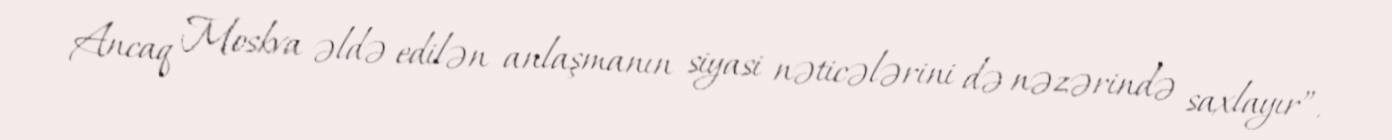
Ancaq Moskva əldə edilən anlaşmanın siyasi nəticələrini də nəzərində saxlayır”.